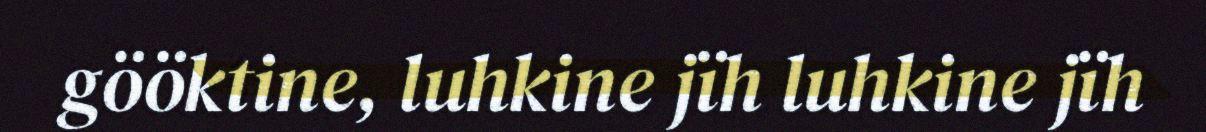
gööktine, luhkine jïh luhkine jïh